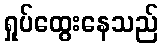
ရှုပ်ထွေးနေသည်